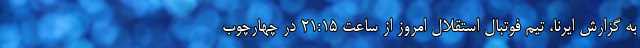
به گزارش ایرنا، تیم فوتبال استقلال امروز از ساعت ۲۱:۱۵ در چهارچوب